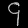
Digit: ၄